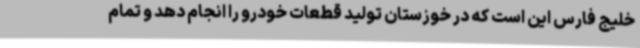
خلیج فارس این است که در خوزستان تولید قطعات خودرو را انجام دهد و تمام